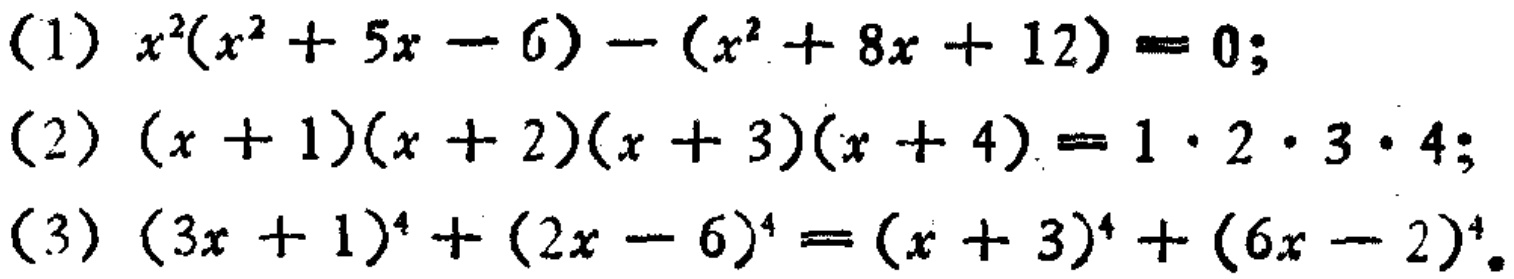
(1) \(x^{2}(x^{2}+5x - 6)-(x^{2}+8x + 12)=0\);
(2) \((x + 1)(x + 2)(x + 3)(x + 4)=1\cdot2\cdot3\cdot4\);
(3) \((3x + 1)^{4}+(2x - 6)^{4}=(x + 3)^{4}+(6x - 2)^{4}\)